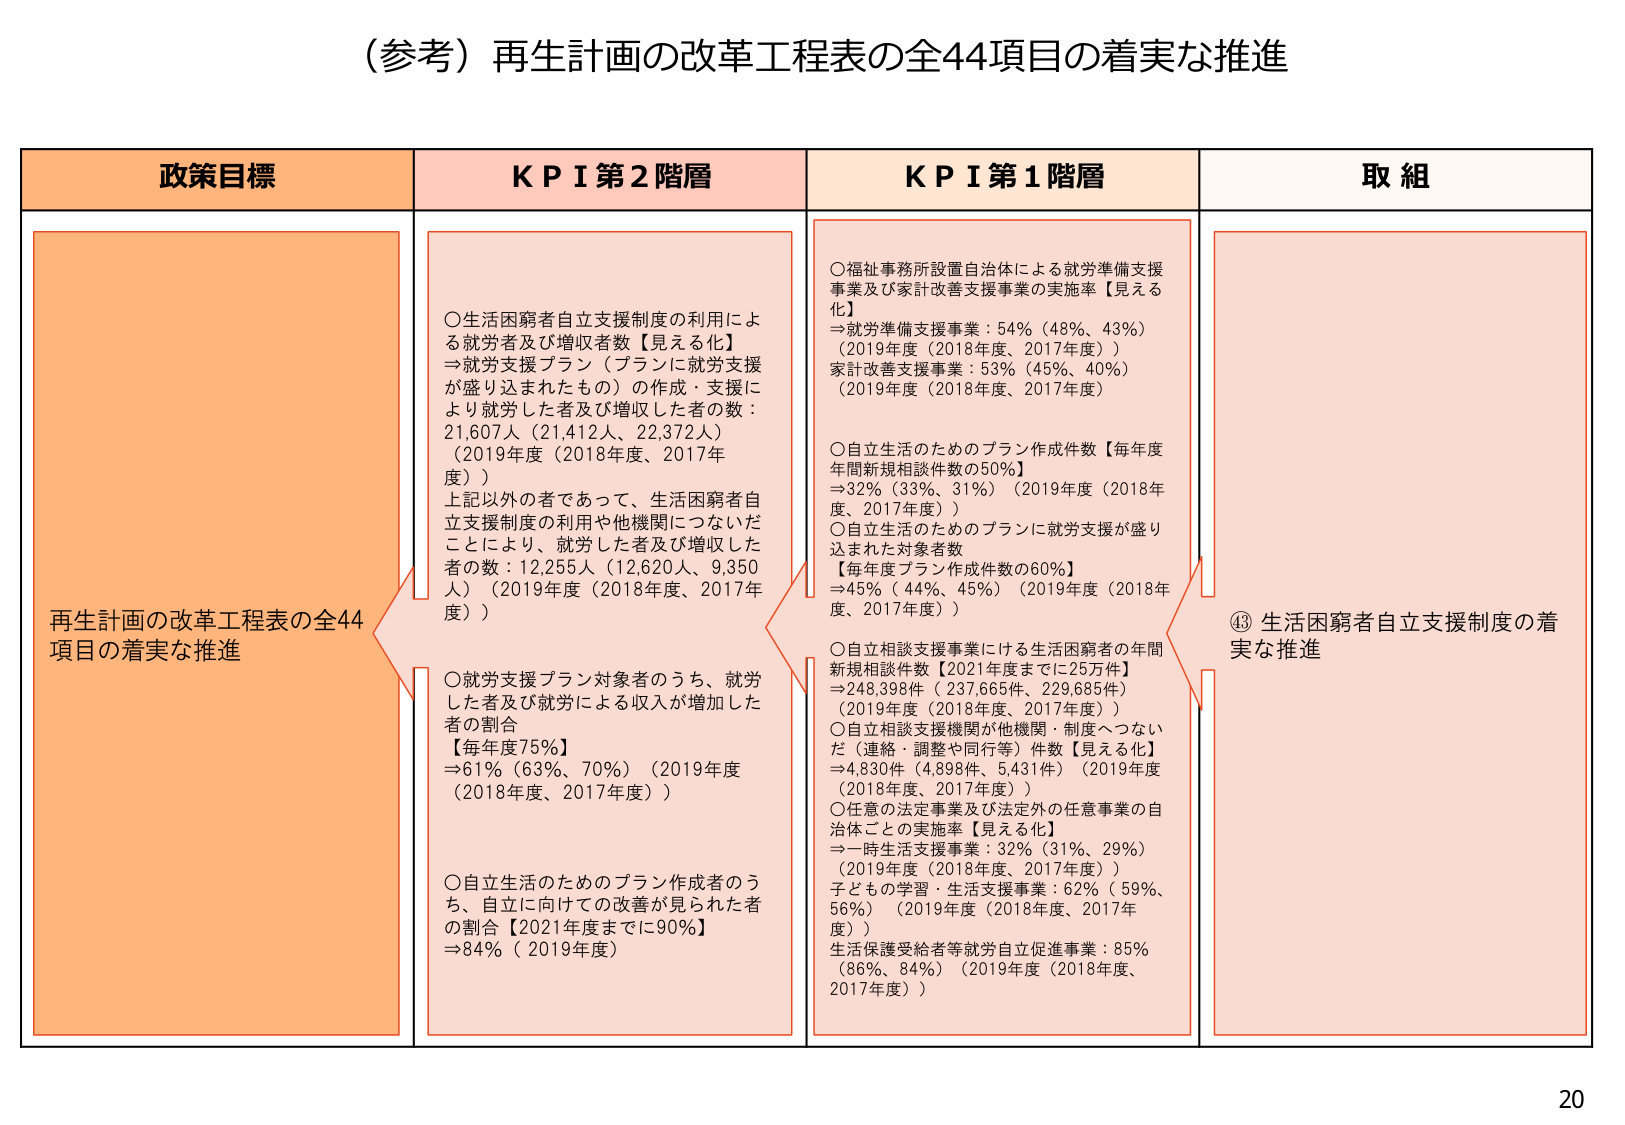
（参考）再生計画の改革工程表の全44項目の着実な推進

政策目標
再生計画の改革工程表の全44項目の着実な推進

ＫＰＩ第2階層
○生活困窮者自立支援制度の利用による就労者及び増収者数【見える化】
⇒就労支援プラン（プランに就労支援が盛り込まれたもの）の作成・支援により就労した者及び増収した者の数：21,607人（21,412人、22,372人）（2019年度（2018年度、2017年度））
上記以外の者であって、生活困窮者自立支援制度の利用や他機関につないだことにより、就労した者及び増収した者の数：12,255人（12,620人、9,350人）（2019年度（2018年度、2017年度））

○就労支援プラン対象者のうち、就労した者及び就労による収入が増加した者の割合【毎年度75%】
⇒61%（63%、70%）（2019年度（2018年度、2017年度））

○自立生活のためのプラン作成者のうち、自立に向けての改善が見られた者の割合【2021年度までに90%】
⇒84%（2019年度）

ＫＰＩ第1階層
○福祉事務所設置自治体による就労準備支援事業及び家計改善支援事業の実施率【見える化】
⇒就労準備支援事業：54%（48%、43%）（2019年度（2018年度、2017年度））
家計改善支援事業：53%（45%、40%）（2019年度（2018年度、2017年度））

○自立生活のためのプラン作成件数【毎年度年間新規相談件数の50%】
⇒32%（33%、31%）（2019年度（2018年度、2017年度））

○自立生活のためのプランに就労支援が盛り込まれた対象者数【毎年度プラン作成件数の60%】
⇒45%（44%、45%）（2019年度（2018年度、2017年度））

○自立相談支援事業にける生活困窮者の年間新規相談件数【2021年度までに25万件】
⇒248,398件（237,665件、229,685件）（2019年度（2018年度、2017年度））

○自立相談支援機関が他機関・制度へつないだ（連絡・調整や同行等）件数【見える化】
⇒4,830件（4,898件、5,431件）（2019年度（2018年度、2017年度））

○任意の法定事業及び法定外の任意事業の自治体ごとの実施率【見える化】
⇒一時生活支援事業：32%（31%、29%）（2019年度（2018年度、2017年度））
子ども学習・生活支援事業：62%（59%、56%）（2019年度（2018年度、2017年度））
生活保護受給者等就労自立促進事業：85%（86%、84%）（2019年度（2018年度、2017年度））

取組
⑬ 生活困窮者自立支援制度の着実な推進

20